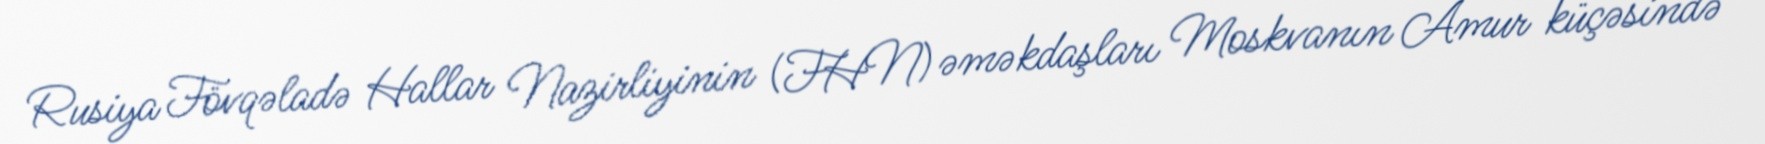
Rusiya Fövqəladə Hallar Nazirliyinin (FHN) əməkdaşları Moskvanın Amur küçəsində